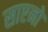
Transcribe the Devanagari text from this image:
साएनो